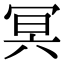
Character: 冥